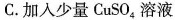
C.加入少量CuSO_{4}溶液